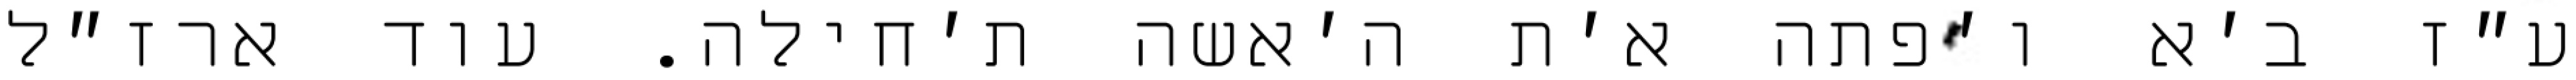
ע״ז ב׳א ו׳פתה א׳ת ה׳אשה ת׳חילה. עוד ארז״ל